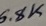
Text: 6.8K